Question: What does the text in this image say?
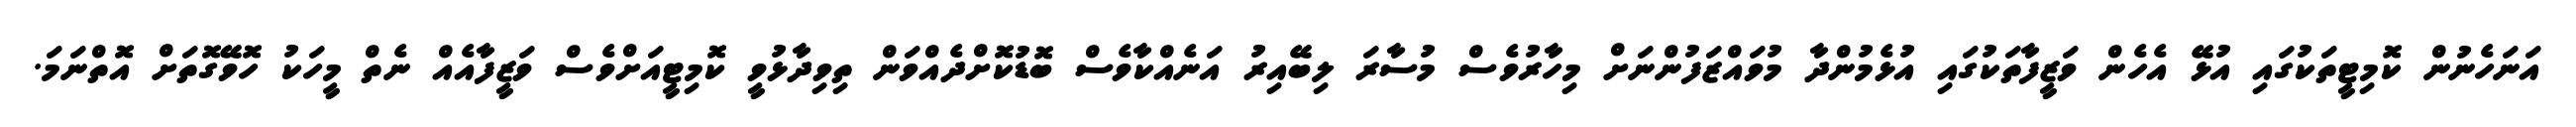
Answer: އަނަހެނުން ކޮމިޓީތަކުގައި އުޅޭ އެހެން ވަޒީފާތަކުގައި އުޅެމުންދާ މުވައްޒަފުންނަށް މިހާރުވެސް މުސާރަ ލިބޭއިރު އަނެއްކާވެސް ބޮޑުކޮށްދެއްވަން ތިވިދާޅުވީ ކޮމިޓީއަށްވެސް ވަޒީފާއެއް ނެތް މީހަކު ހޮވޭގޮތަށް އޮތްނަމަ.